65_HS1-834228961_62-HQ-83894_Section_1
Agency: FBI
Page 140
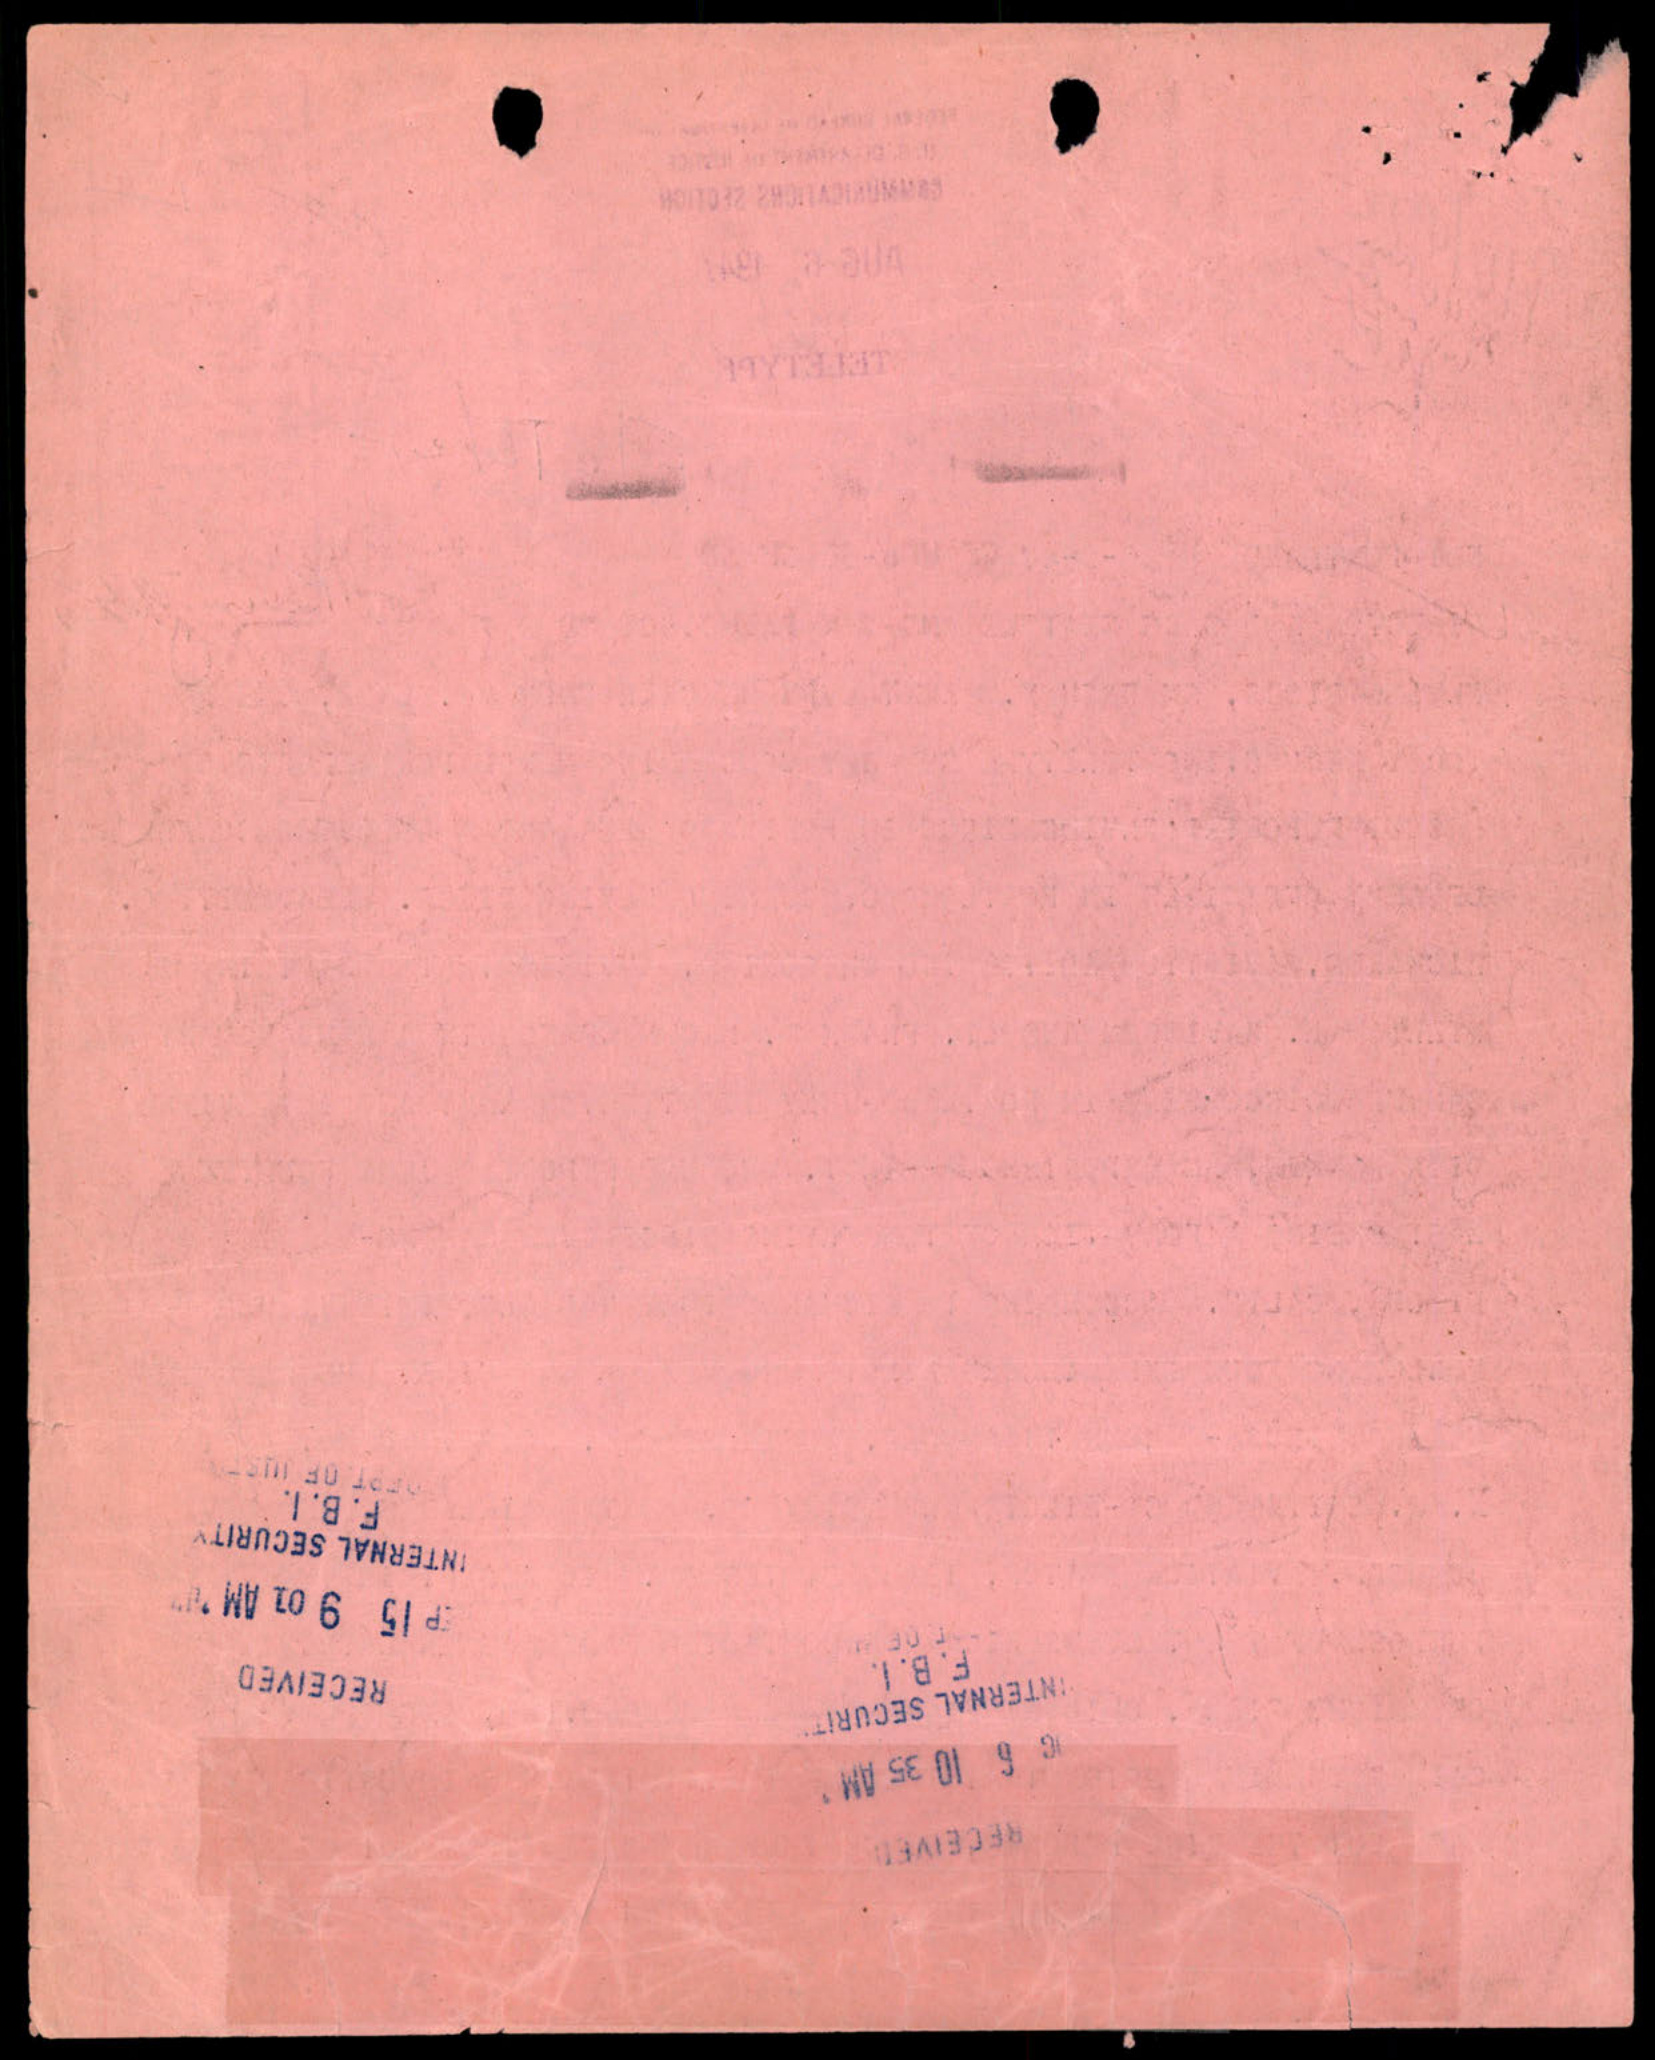